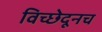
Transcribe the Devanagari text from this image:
विच्छेदूनच